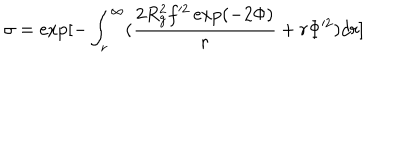
\sigma = \exp [ - \int _ { r } ^ { \infty } ( \frac { 2 R _ { g } ^ { 2 } f ^ { 2 } \exp ( - 2 \Phi ) } { r } + r \Phi ^ { 2 } ) d r ]